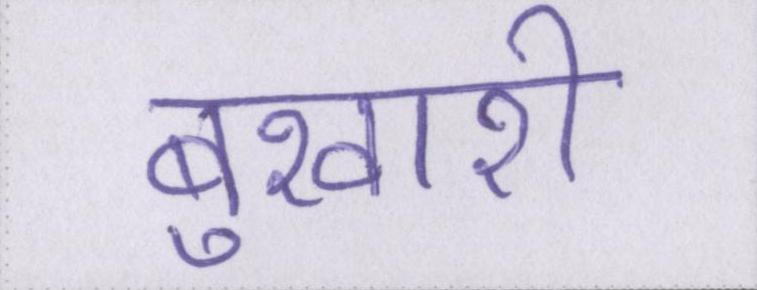
बुखारी